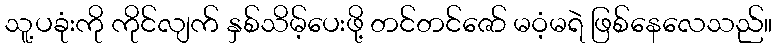
သူ့ပခုံးကို ကိုင်လျက် နှစ်သိမ့်ပေးဖို့ တင်တင်ဇော် မဝံ့မရဲ ဖြစ်နေလေသည်။